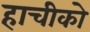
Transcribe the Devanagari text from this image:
हाचीको